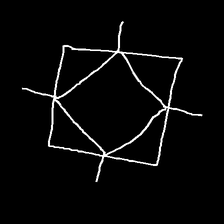
Glyph: light